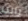
باندا